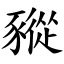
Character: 豵